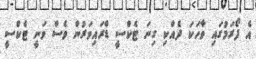
އެ ފޯރަމުގައި ވާހަކަ ދެއްކި ގިނަ ޓެކްސީ ޑްރައިވަރުން ވެސް ވަނީ ޓެކްސީ